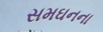
સમઘનના